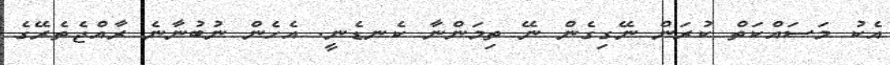
އެކު މަސައްކަތް ކުރަން ނޭގިގެން ނޭ ތިމަންނާ ކެނޑެނީ. އެހެން ނުބުނާނެ ރާއްޖެތެރޭގެ